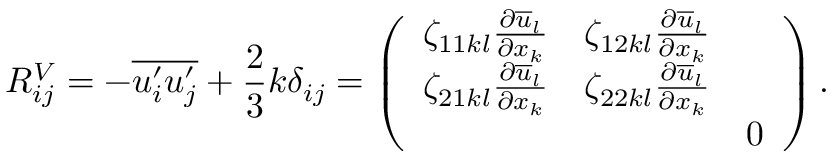
R _ { i j } ^ { V } = - \overline { { u _ { i } ^ { \prime } u _ { j } ^ { \prime } } } + \frac { 2 } { 3 } k \delta _ { i j } = \left( \begin{array} { l l l } { \zeta _ { 1 1 k l } \frac { \partial \overline { { u } } _ { l } } { \partial x _ { k } } } & { \zeta _ { 1 2 k l } \frac { \partial \overline { { u } } _ { l } } { \partial x _ { k } } } & \\ { \zeta _ { 2 1 k l } \frac { \partial \overline { { u } } _ { l } } { \partial x _ { k } } } & { \zeta _ { 2 2 k l } \frac { \partial \overline { { u } } _ { l } } { \partial x _ { k } } } & \\ & & { 0 } \end{array} \right) .